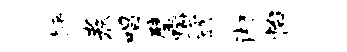
怦卷唱璧蹰醪湘怡